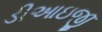
ડીઆઇજી